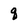
Character: q